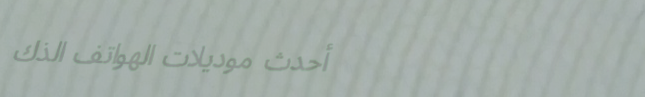
أحدث موديلات الهواتف الذك